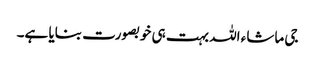
جی ماشاء اللہ بہت ہی خوبصورت بنایا ہے۔